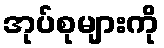
အုပ်စုများကို